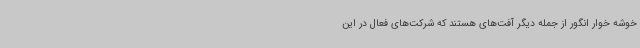
خوشه خوار انگور از جمله دیگر آفت‌های هستند که شرکت‌های فعال در این